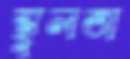
স্থুলতা